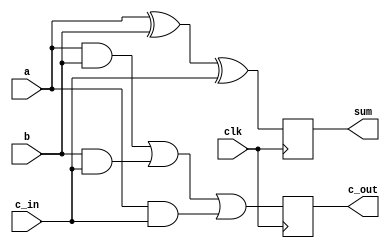
module half_adder(a,b,c_in,clk,sum,c_out);
	input a,b,c_in;
	input clk;
	output reg sum,c_out;

	always @(negedge(clk))
	begin
		sum = (a^b)^c_in;
		c_out=(a&b)|(b&c_in)|(a&c_in);

	end

endmodule

module stimulus();

	reg a,b,c_in,clk;
	wire sum, c_out;

	initial 
	begin
		$dumpfile("half_adder.vcd");
		$dumpvars;
	end

	//Instantiate the object

	half_adder test(a,b,c_in,clk,sum,c_out);

	initial
	begin
		clk=1'b0;
	end
	always
	begin
		#5 clk=~clk;
	end

	initial 
	begin
		a=0;
		b=0;
		c_in=1;

		#5 a=1;b=0;c_in=0;

		#20 a=0;b=1;c_in=0;

		#40 a=1;b=1;c_in=0;

		#60 a=1;b=1;c_in=1;
		$finish;
	end

	initial
	begin
		$monitor($time, "The sum is %b and the carry is %b", sum, c_out);

	end

endmodule